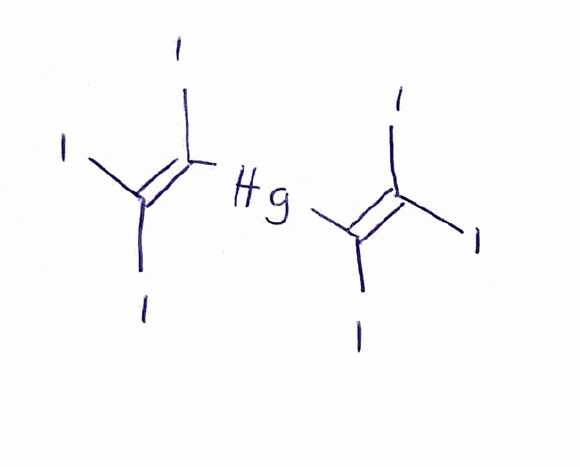
Simplified molecular-input line-entry system (SMILES) notation of the given molecule:
C(=C(I)[Hg]C(=C(I)I)I)(I)I